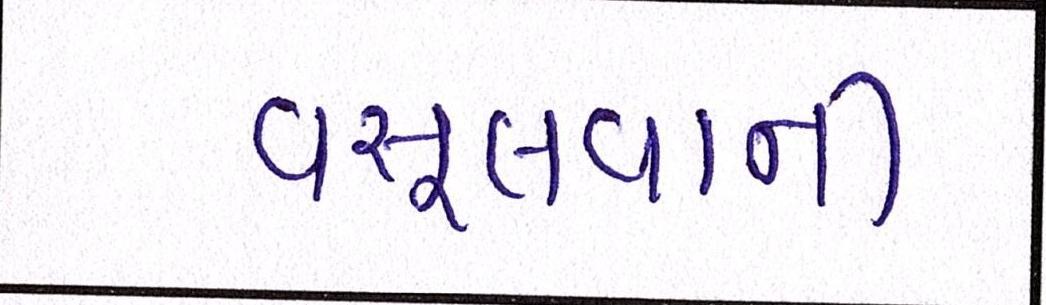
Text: વસૂલવાની